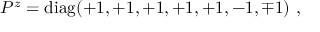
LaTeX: P ^ { z } = \mathrm { d i a g } ( + 1 , + 1 , + 1 , + 1 , + 1 , - 1 , \mp 1 ) ~ , ~ \,